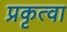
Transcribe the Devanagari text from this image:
प्रकृत्वा